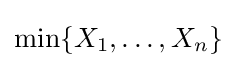
\min\{X_{1},\dots ,X_{n}\}